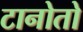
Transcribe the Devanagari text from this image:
टानोतो